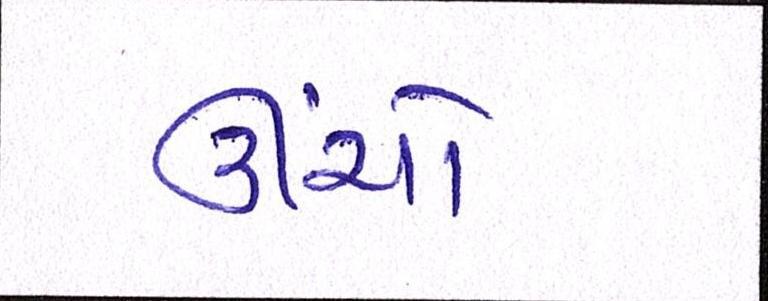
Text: ઊંચો